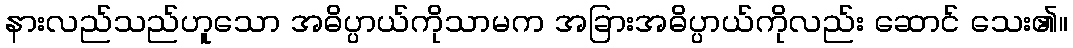
နားလည်သည်ဟူသော အဓိပ္ပာယ်ကိုသာမက အခြားအဓိပ္ပာယ်ကိုလည်း ဆောင် သေး၏။